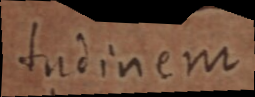
tudinem